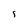
Character: s